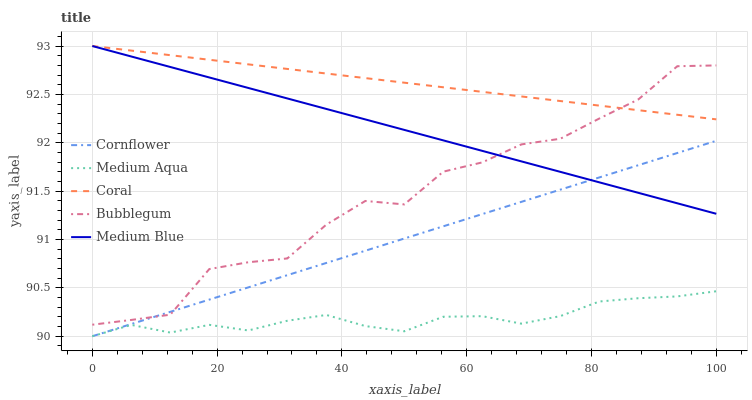
| xaxis_label | Cornflower | Medium Aqua | Coral | Bubblegum | Medium Blue |
 | --- | --- | --- | --- | --- | --- |
 | 0 | 90 | 90 | 93 | 90.1 | 93 |
 | 6.25 | 90.1 | 90.1 | 93 | 90.2 | 92.9 |
 | 12.5 | 90.3 | 90 | 92.9 | 90.2 | 92.8 |
 | 18.8 | 90.4 | 90.1 | 92.9 | 90.7 | 92.7 |
 | 25 | 90.5 | 90.1 | 92.8 | 90.8 | 92.6 |
 | 31.2 | 90.6 | 90.2 | 92.8 | 90.8 | 92.5 |
 | 37.5 | 90.8 | 90.2 | 92.7 | 91.2 | 92.3 |
 | 43.8 | 90.9 | 90.1 | 92.7 | 91.4 | 92.2 |
 | 50 | 91 | 90.1 | 92.6 | 91.4 | 92.1 |
 | 56.2 | 91.1 | 90.2 | 92.6 | 91.7 | 92 |
 | 62.5 | 91.3 | 90.2 | 92.5 | 91.8 | 91.9 |
 | 68.8 | 91.4 | 90.1 | 92.5 | 92 | 91.8 |
 | 75 | 91.5 | 90.2 | 92.4 | 92 | 91.7 |
 | 81.2 | 91.6 | 90.4 | 92.4 | 92.3 | 91.6 |
 | 87.5 | 91.8 | 90.4 | 92.3 | 92.4 | 91.5 |
 | 93.8 | 91.9 | 90.4 | 92.3 | 92.8 | 91.4 |
 | 100 | 92 | 90.5 | 92.2 | 92.8 | 91.3 |